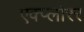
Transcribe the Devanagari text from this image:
एक्प्लोरर